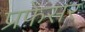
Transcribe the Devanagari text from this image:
प्रफ़ेसर